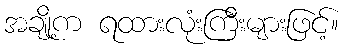
အချို့က ရထားလုံးကြီးများဖြင့်။